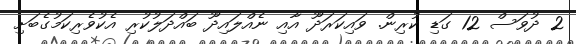
2 ދުވަސް 12 ގަޑި ކުރިން. ވައިކަރަދޫ އާއި ނެއްލައިދޫ ބައްދަލުކުރި އެކުވެރިކަމުގެބަށި